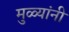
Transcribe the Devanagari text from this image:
मुळ्यांनी